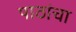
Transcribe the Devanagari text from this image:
पाठांचा